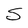
Character: S